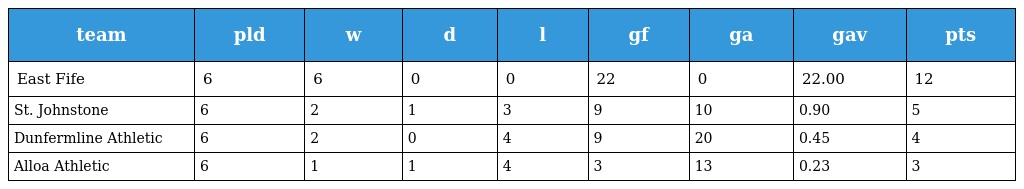
| team | pld | w | d | l | gf | ga | gav | pts |
 | --- | --- | --- | --- | --- | --- | --- | --- | --- |
 | East Fife | 6 | 6 | 0 | 0 | 22 | 0 | 22.00 | 12 |
 | St. Johnstone | 6 | 2 | 1 | 3 | 9 | 10 | 0.90 | 5 |
 | Dunfermline Athletic | 6 | 2 | 0 | 4 | 9 | 20 | 0.45 | 4 |
 | Alloa Athletic | 6 | 1 | 1 | 4 | 3 | 13 | 0.23 | 3 |